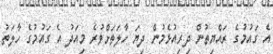
އެ ގައުމުގެ ރައްޔިތުން ދިރިއުޅެމުން ދިޔަ ހާލަތަށްވުރެ މިއަދު އެ ގައުމުގެ ހާލަތު